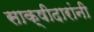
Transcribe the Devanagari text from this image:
साक्षीदारांनी